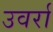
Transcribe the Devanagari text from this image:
उवर्रा